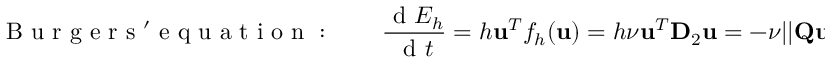
\mathrm { ~ B ~ u ~ r ~ g ~ e ~ r ~ s ~ ' ~ e ~ q ~ u ~ a ~ t ~ i ~ o ~ n ~ : ~ } \qquad \frac { \mathrm { ~ d ~ } E _ { h } } { \mathrm { ~ d ~ } t } = h \mathbf { u } ^ { T } f _ { h } ( \mathbf { u } ) = h \nu \mathbf { u } ^ { T } \mathbf { D } _ { 2 } \mathbf { u } = - \nu | | \mathbf { Q } \mathbf { u } | | _ { 2 } ^ { 2 } .